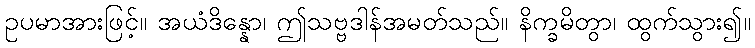
ဥပမာအားဖြင့်။ အယံဒိန္နော၊ ဤသဗ္ဗဒါန်အမတ်သည်။ နိက္ခမိတွာ၊ ထွက်သွား၍။